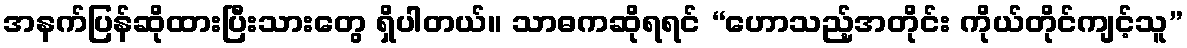
အနက်ပြန်ဆိုထားပြီးသားတွေ ရှိပါတယ်။ သာဓကဆိုရရင် “ဟောသည့်အတိုင်း ကိုယ်တိုင်ကျင့်သူ”